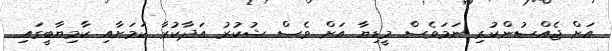
އަށް ޖެއްސުންކުރި ނަމަވެސް މީޑިޔާ އަށް ވެސް ޝުކުރު އަދާކުރާ ކަމަށާއި ކާމިޔާބީގައި